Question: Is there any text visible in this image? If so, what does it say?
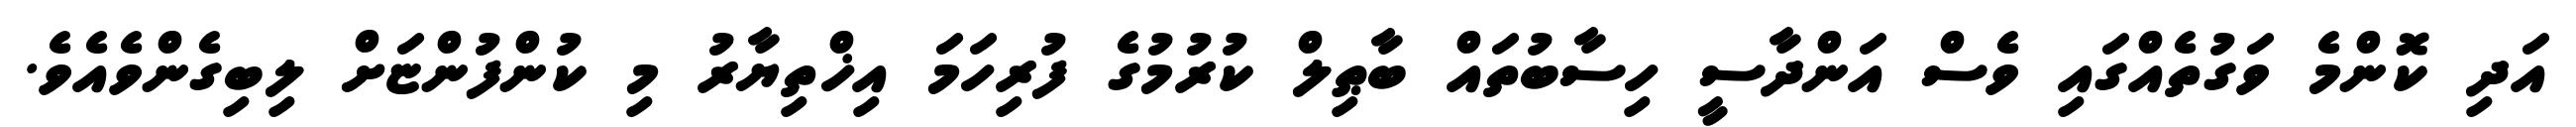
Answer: އަދި ކޮންމެ ވަގުތެއްގައި ވެސް އަންދާސީ ހިސާބުތައް ބާޠިލް ކުރުމުގެ ފުރިހަމަ އިޚްތިޔާރު މި ކުންފުންޏަށް ލިބިގެންވެއެވެ.